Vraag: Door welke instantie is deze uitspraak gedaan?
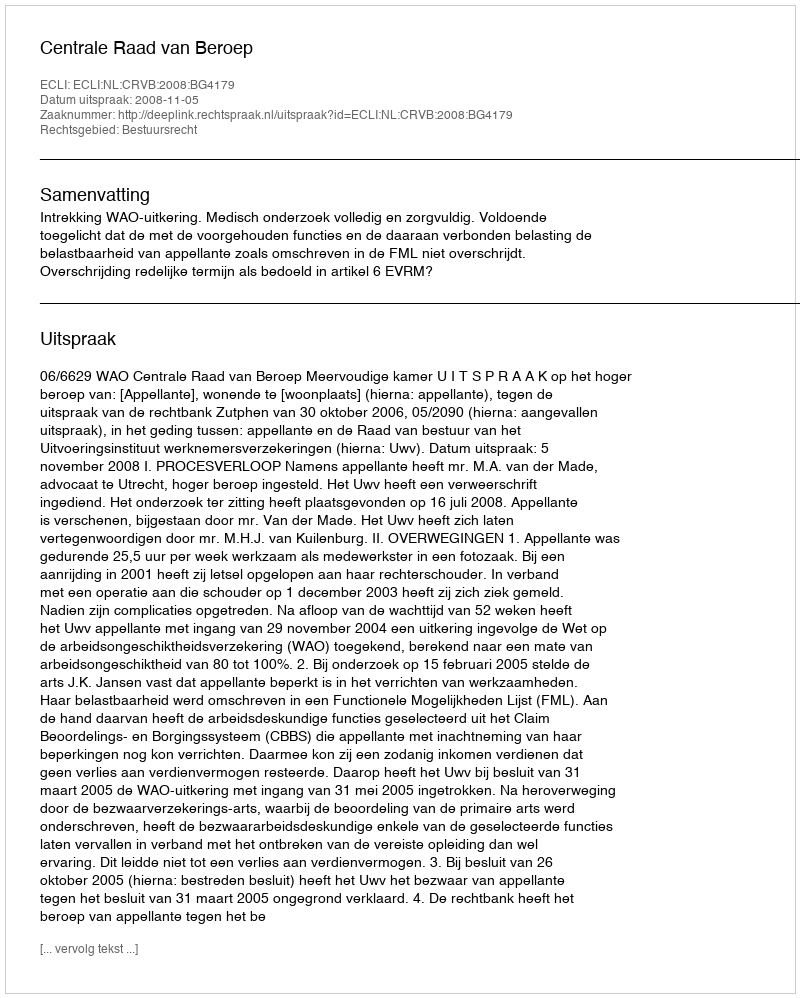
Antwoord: Centrale Raad van Beroep